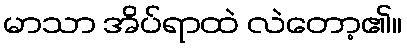
မာသာ အိပ်ရာထဲ လဲတော့၏။